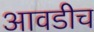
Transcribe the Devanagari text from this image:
आवडीच